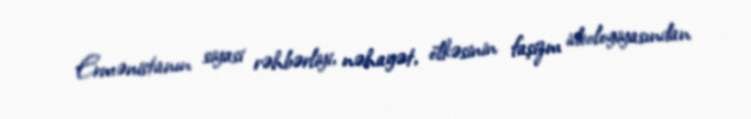
Ermənistanın siyasi rəhbərliyi, nəhayət, ölkəsinin faşizm ideologiyasından